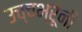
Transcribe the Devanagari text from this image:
उच्चभ्रूंनी